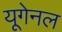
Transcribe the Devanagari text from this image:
यूगेनल